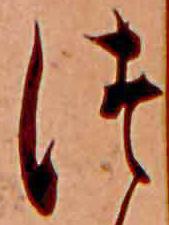
つ